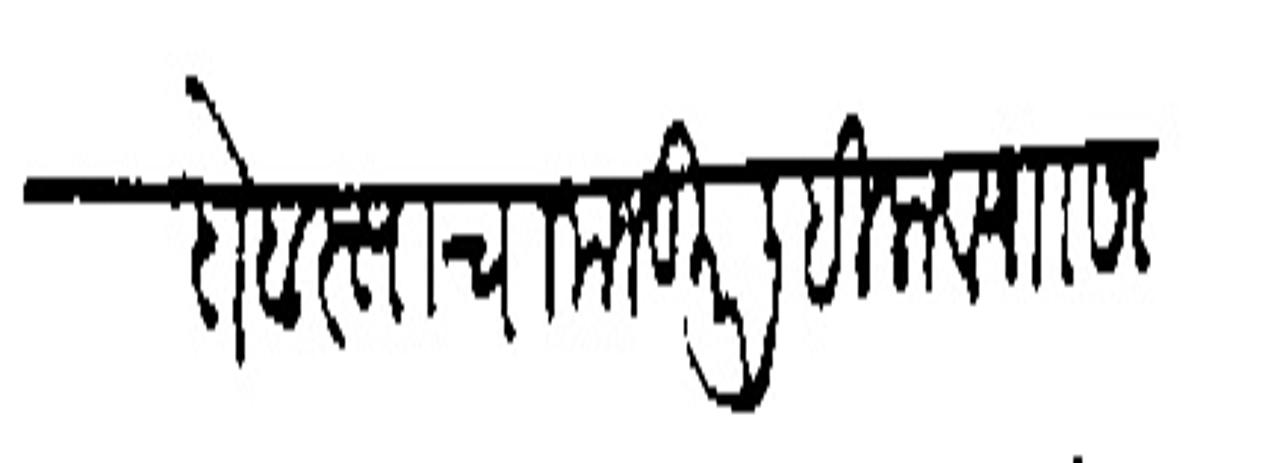
Transliteration (Devanagari): बंदोबस्ताचा मजकूर लिहिला व राा सदासिव